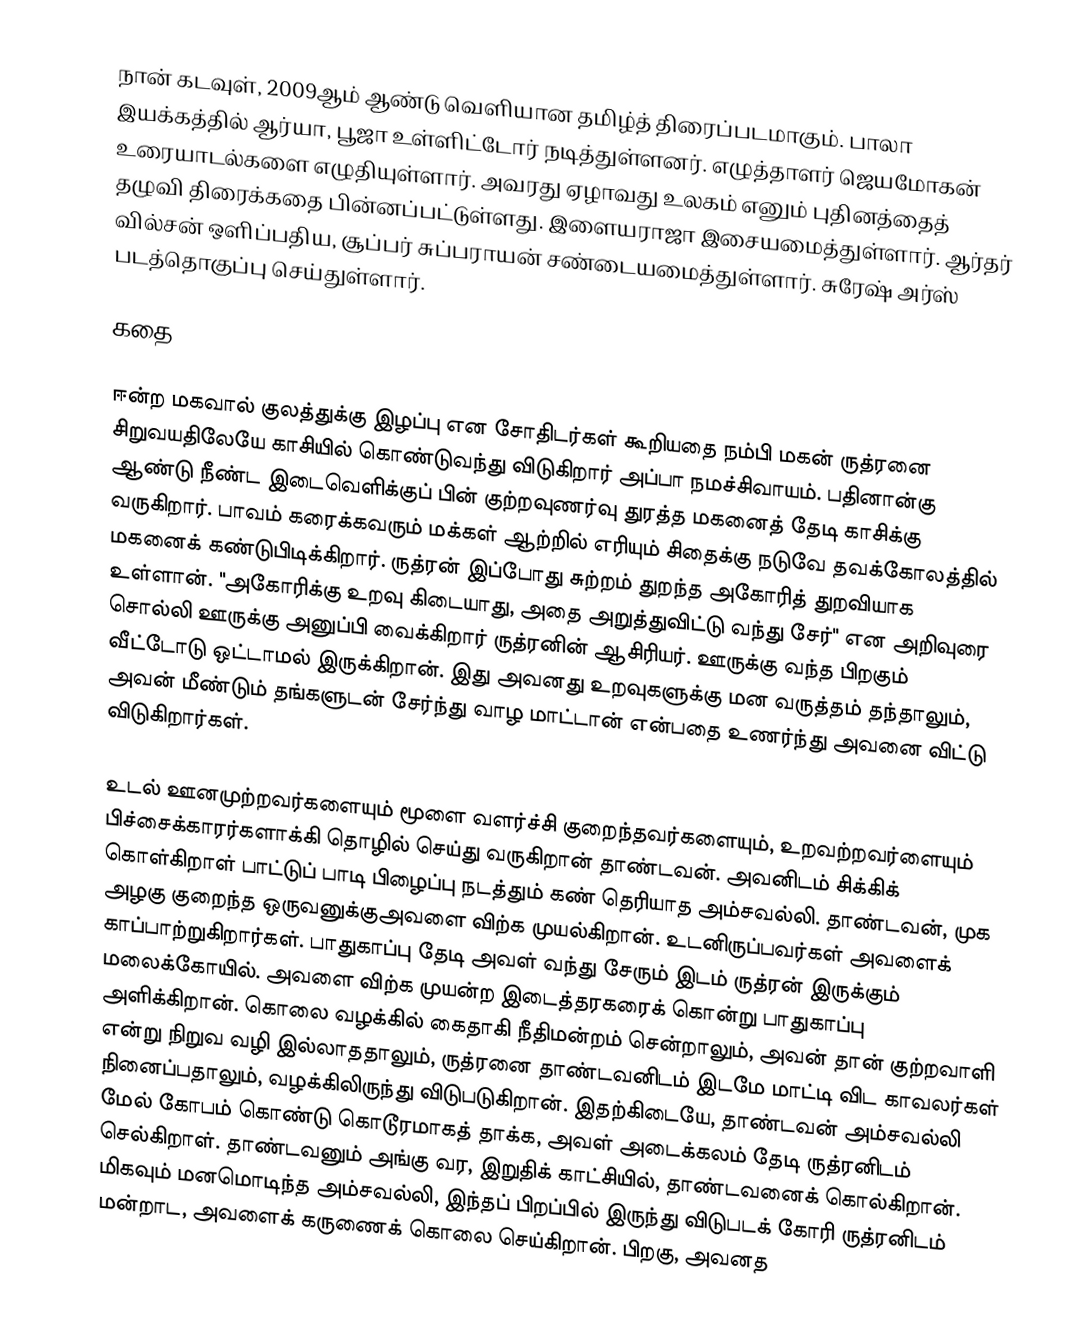
நான் கடவுள், 2009ஆம் ஆண்டு வெளியான தமிழ்த் திரைப்படமாகும். பாலா இயக்கத்தில் ஆர்யா, பூஜா உள்ளிட்டோர் நடித்துள்ளனர். எழுத்தாளர் ஜெயமோகன் உரையாடல்களை எழுதியுள்ளார். அவரது ஏழாவது உலகம் எனும் புதினத்தைத் தழுவி திரைக்கதை பின்னப்பட்டுள்ளது. இளையராஜா இசையமைத்துள்ளார். ஆர்தர் வில்சன் ஒளிப்பதிய, சூப்பர் சுப்பராயன் சண்டையமைத்துள்ளார். சுரேஷ் அர்ஸ் படத்தொகுப்பு செய்துள்ளார்.

கதை

ஈன்ற மகவால் குலத்துக்கு இழப்பு என சோதிடர்கள் கூறியதை நம்பி மகன் ருத்ரனை சிறுவயதிலேயே காசியில் கொண்டுவந்து விடுகிறார் அப்பா நமச்சிவாயம். பதினான்கு ஆண்டு நீண்ட இடைவெளிக்குப் பின் குற்றவுணர்வு துரத்த மகனைத் தேடி காசிக்கு வருகிறார். பாவம் கரைக்கவரும் மக்கள் ஆற்றில் எரியும் சிதைக்கு நடுவே தவக்கோலத்தில் மகனைக் கண்டுபிடிக்கிறார். ருத்ரன் இப்போது சுற்றம் துறந்த அகோரித் துறவியாக உள்ளான். "அகோரிக்கு உறவு கிடையாது, அதை அறுத்துவிட்டு வந்து சேர்" என அறிவுரை சொல்லி ஊருக்கு அனுப்பி வைக்கிறார் ருத்ரனின் ஆசிரியர். ஊருக்கு வந்த பிறகும் வீட்டோடு ஒட்டாமல் இருக்கிறான். இது அவனது உறவுகளுக்கு மன வருத்தம் தந்தாலும், அவன் மீண்டும் தங்களுடன் சேர்ந்து வாழ மாட்டான் என்பதை உணர்ந்து அவனை விட்டு விடுகிறார்கள்.

உடல் ஊனமுற்றவர்களையும் மூளை வளர்ச்சி குறைந்தவர்களையும், உறவற்றவர்ளையும் பிச்சைக்காரர்களாக்கி தொழில் செய்து வருகிறான் தாண்டவன். அவனிடம் சிக்கிக் கொள்கிறாள் பாட்டுப் பாடி பிழைப்பு நடத்தும் கண் தெரியாத அம்சவல்லி. தாண்டவன், முக அழகு குறைந்த ஒருவனுக்குஅவளை விற்க முயல்கிறான். உடனிருப்பவர்கள் அவளைக் காப்பாற்றுகிறார்கள். பாதுகாப்பு தேடி அவள் வந்து சேரும் இடம் ருத்ரன் இருக்கும் மலைக்கோயில். அவளை விற்க முயன்ற இடைத்தரகரைக் கொன்று பாதுகாப்பு அளிக்கிறான். கொலை வழக்கில் கைதாகி நீதிமன்றம் சென்றாலும், அவன் தான் குற்றவாளி என்று நிறுவ வழி இல்லாததாலும், ருத்ரனை தாண்டவனிடம் இடமே மாட்டி விட காவலர்கள் நினைப்பதாலும், வழக்கிலிருந்து விடுபடுகிறான். இதற்கிடையே, தாண்டவன் அம்சவல்லி மேல் கோபம் கொண்டு கொடூரமாகத் தாக்க, அவள் அடைக்கலம் தேடி ருத்ரனிடம் செல்கிறாள். தாண்டவனும் அங்கு வர, இறுதிக் காட்சியில், தாண்டவனைக் கொல்கிறான். மிகவும் மனமொடிந்த அம்சவல்லி, இந்தப் பிறப்பில் இருந்து விடுபடக் கோரி ருத்ரனிடம் மன்றாட, அவளைக் கருணைக் கொலை செய்கிறான். பிறகு, அவனத